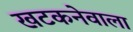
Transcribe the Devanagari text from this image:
खटकनेवाला